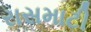
રાસમાટી